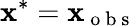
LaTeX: \mathbf{x}^{*}=\mathbf{x}_{\mathrm{{~o~b~s~}}}